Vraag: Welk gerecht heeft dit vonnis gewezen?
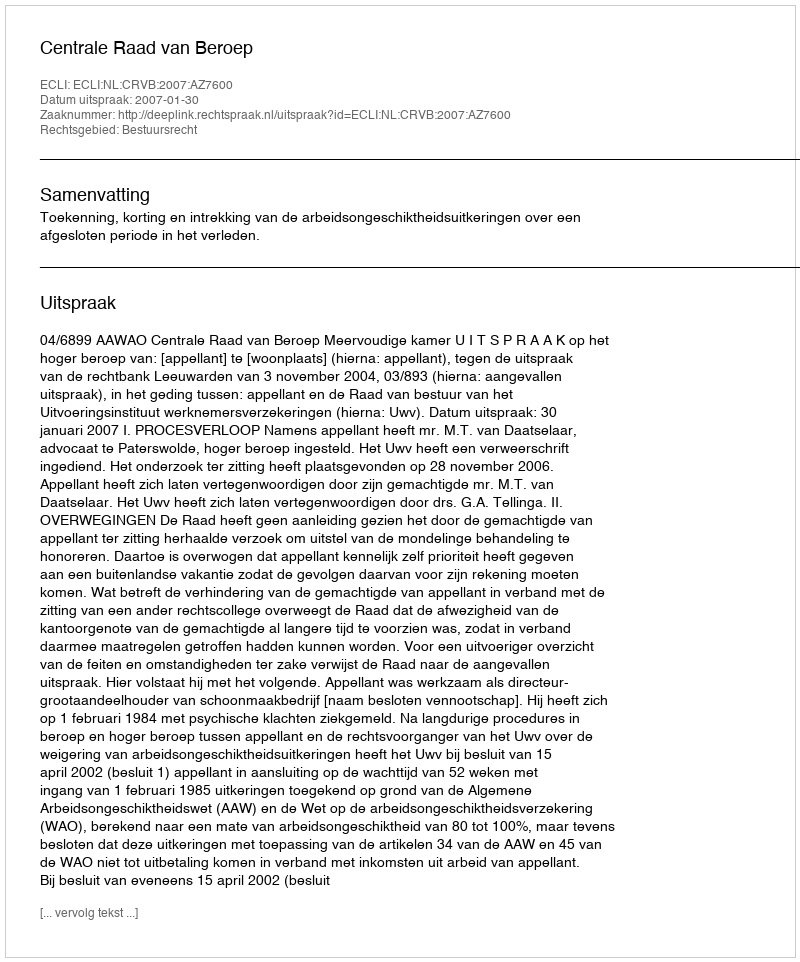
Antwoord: Centrale Raad van Beroep